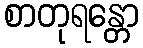
စာတုရန္တော